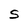
Character: S